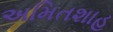
અમિતશાહ